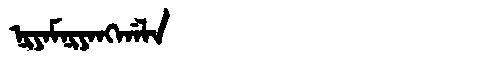
Manchu: ᠨᡳᠶᠠᠮᠨᡳᠶᠠᠩᡤᠠᠯᠠ
Romanization: NIYAMNIYANGGALA